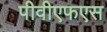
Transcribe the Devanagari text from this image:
पीवीएफएस